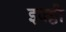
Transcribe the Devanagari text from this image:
इक्ट्ठी